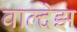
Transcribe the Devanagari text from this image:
वाल्देझ